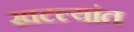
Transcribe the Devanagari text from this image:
खटल्यांत